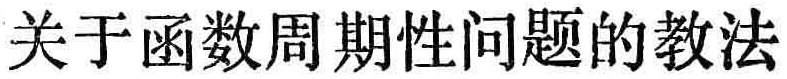
关于函数周期性问题的教法